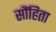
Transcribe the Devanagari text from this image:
सौंहिता